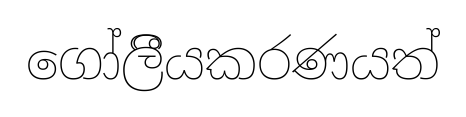
ගෝලීියකරණයත්